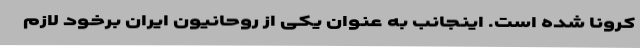
کرونا شده است. اینجانب به عنوان یکی از روحانیون ایران برخود لازم